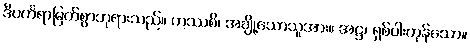
ဒီပင်္ကရာမြတ်စွာဘုရားသည်။ ကဿစိ၊ အချို့သောသူအား။ အဋ္ဌ၊ ရှစ်ပါးကုန်သော။